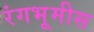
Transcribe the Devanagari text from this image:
रंगभूमीस